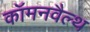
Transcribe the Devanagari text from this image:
कॉमनवैल्‍थ